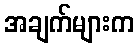
အချက်များက